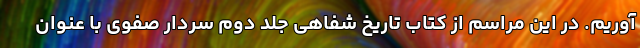
آوریم. در این مراسم از کتاب تاریخ شفاهی جلد دوم سردار صفوی با عنوان